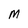
Character: M